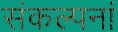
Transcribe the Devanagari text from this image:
संकल्पनां